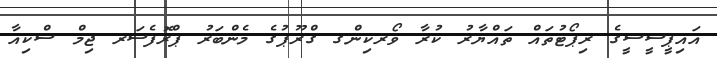
އައިޕީސީސީގެ ރިޕޯޓުތައް ތައްޔާރު ކުރާ ވޯރކިންގ ގްރޫޕުގެ މެންބަރު ޕްރޮފެސަރ ޖިމް ސްކިއާ